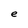
Character: e